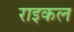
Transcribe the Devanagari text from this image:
राइकल